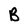
Character: B